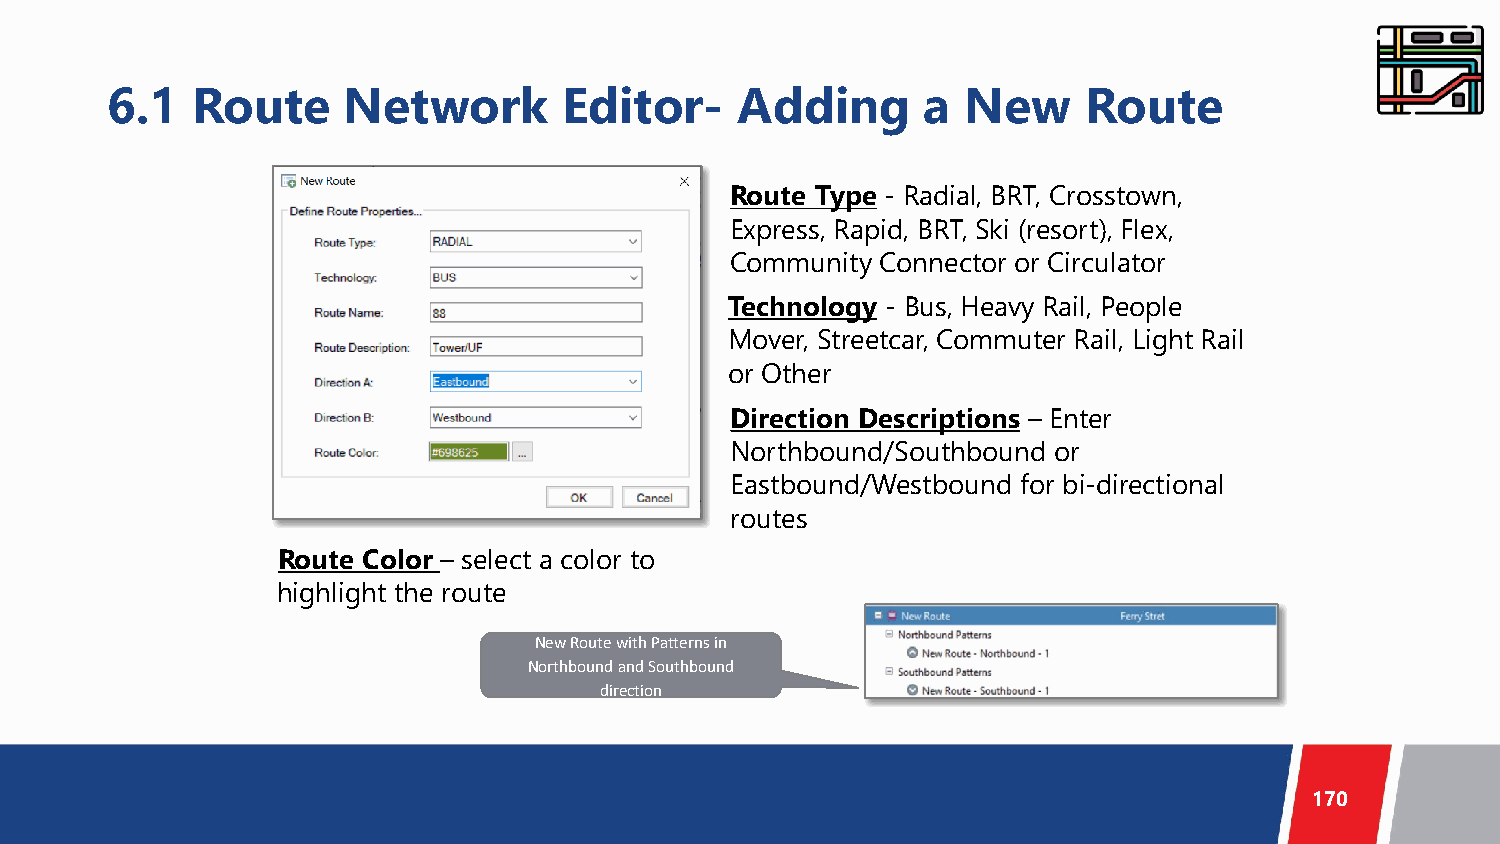
6.1   Route     Network       Editor-     Adding      a  New     Route
 Route Type - Radial, BRT, Crosstown,
 Express, Rapid, BRT, Ski (resort), Flex,
 Community Connector or Circulator
 Technology - Bus, Heavy Rail, People
 Mover, Streetcar, Commuter Rail, Light Rail
 or Other
 Direction Descriptions – Enter
 Northbound/Southbound or
 Eastbound/Westbound for bi-directional
 routes
 Route Color – select a color to
 highlight the route
 New Route with Patterns in
 Northbound and Southbound
 direction
 170